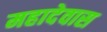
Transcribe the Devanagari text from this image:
महादेवास